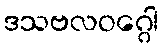
ဒသဗလဝဂ္ဂေါ